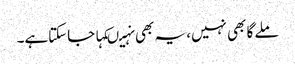
ملے گا بھی نہیں، یہ بھی نہیںکہا جاسکتاہے۔